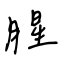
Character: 腥